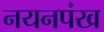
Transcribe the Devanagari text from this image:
नयनपंख